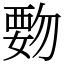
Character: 覅